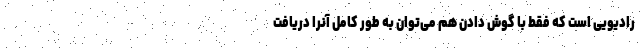
رادیویی است که فقط با گوش دادن هم می‌توان به طور کامل آنرا دریافت